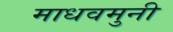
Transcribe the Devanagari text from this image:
माधवमुनी